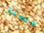
حسنا